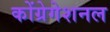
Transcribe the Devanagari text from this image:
कोंग्रेगेशनल